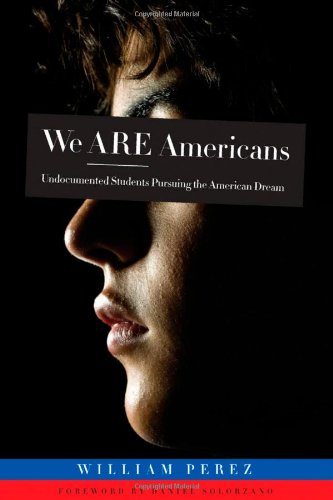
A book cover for We Are Americans: Undocumented Students Pursuing the American Dream; William Perez; Law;